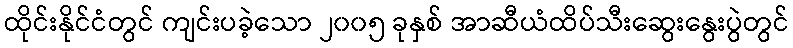
ထိုင်းနိုင်ငံတွင် ကျင်းပခဲ့သော ၂၀၀၅ ခုနှစ် အာဆီယံထိပ်သီးဆွေးနွေးပွဲတွင်